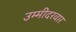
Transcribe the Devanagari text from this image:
उम्मीदरवार